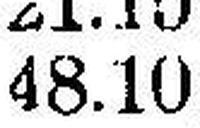
48.10